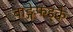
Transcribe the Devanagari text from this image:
बाङ्गेफड्के